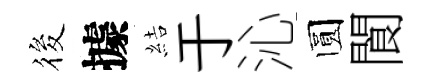
筱據結于沁圆閬